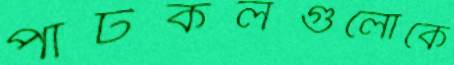
পাটকলগুলোকে